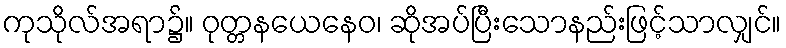
ကုသိုလ်အရာ၌။ ဝုတ္တနယေနေဝ၊ ဆိုအပ်ပြီးသောနည်းဖြင့်သာလျှင်။